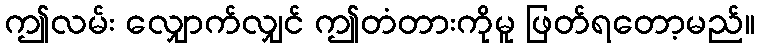
ဤလမ်း လျှောက်လျှင် ဤတံတားကိုမူ ဖြတ်ရတော့မည်။